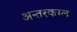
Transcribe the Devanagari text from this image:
अन्तरकाल